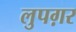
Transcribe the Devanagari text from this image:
लुपग़र